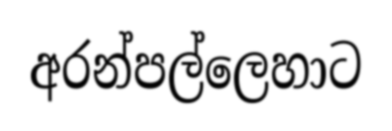
අරන්පල්ලෙහාට